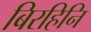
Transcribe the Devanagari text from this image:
बिरहिनि